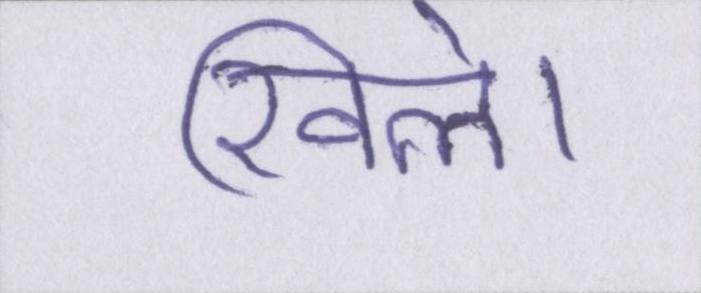
खिले।